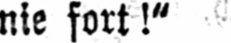
nie fort!“